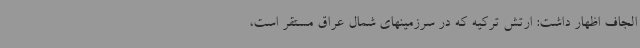
الجاف اظهار داشت: ارتش ترکیه که در سرزمینهای شمال عراق مستقر است،